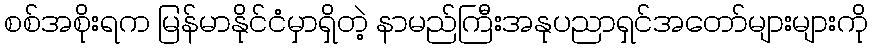
စစ်အစိုးရက မြန်မာနိုင်ငံမှာရှိတဲ့ နာမည်ကြီးအနုပညာရှင်အတော်များများကို